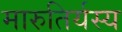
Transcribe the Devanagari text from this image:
मारुतिर्यस्य